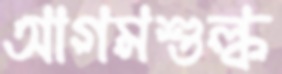
আগমশুল্ক